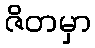
ဇိတမှာ